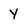
Character: Y